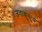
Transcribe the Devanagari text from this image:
जवाकुसुम